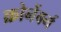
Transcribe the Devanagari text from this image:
क्रोनेंबर्ग